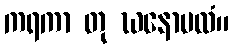
ကရကာ တု ဃနောပလံ။